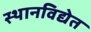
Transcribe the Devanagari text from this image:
स्थानविद्येत